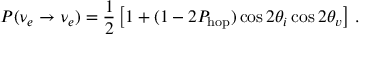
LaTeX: P ( \nu _ { e } \rightarrow \nu _ { e } ) = \frac { 1 } { 2 } \left[ 1 + ( 1 - 2 P _ { \mathrm { h o p } } ) \cos { 2 \theta _ { i } } \cos { 2 \theta _ { v } } \right] \, .